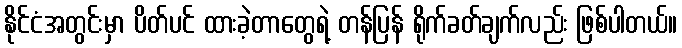
နိုင်ငံအတွင်းမှာ ပိတ်ပင် ထားခဲ့တာတွေရဲ့ တန်ပြန် ရိုက်ခတ်ချက်လည်း ဖြစ်ပါတယ်။